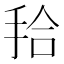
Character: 𭠫